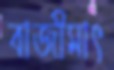
বাজীমাৎ